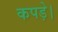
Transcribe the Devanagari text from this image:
कपड़े।